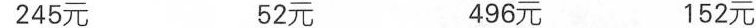
245元 52元 496元 152元